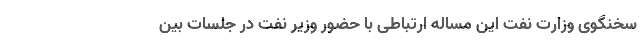
سخنگوی وزارت نفت این مساله ارتباطی با حضور وزیر نفت در جلسات بین‌